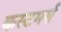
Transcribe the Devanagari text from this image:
कस्टमर्स